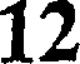
12